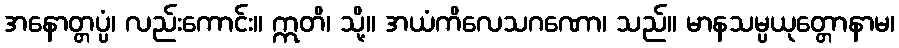
အနောတ္တပ္ပံ၊ လည်းကောင်း။ ဣတိ၊ သို့။ အယံကိလေသဂဏော၊ သည်။ မာနသမ္ပယုတ္တောနာမ၊